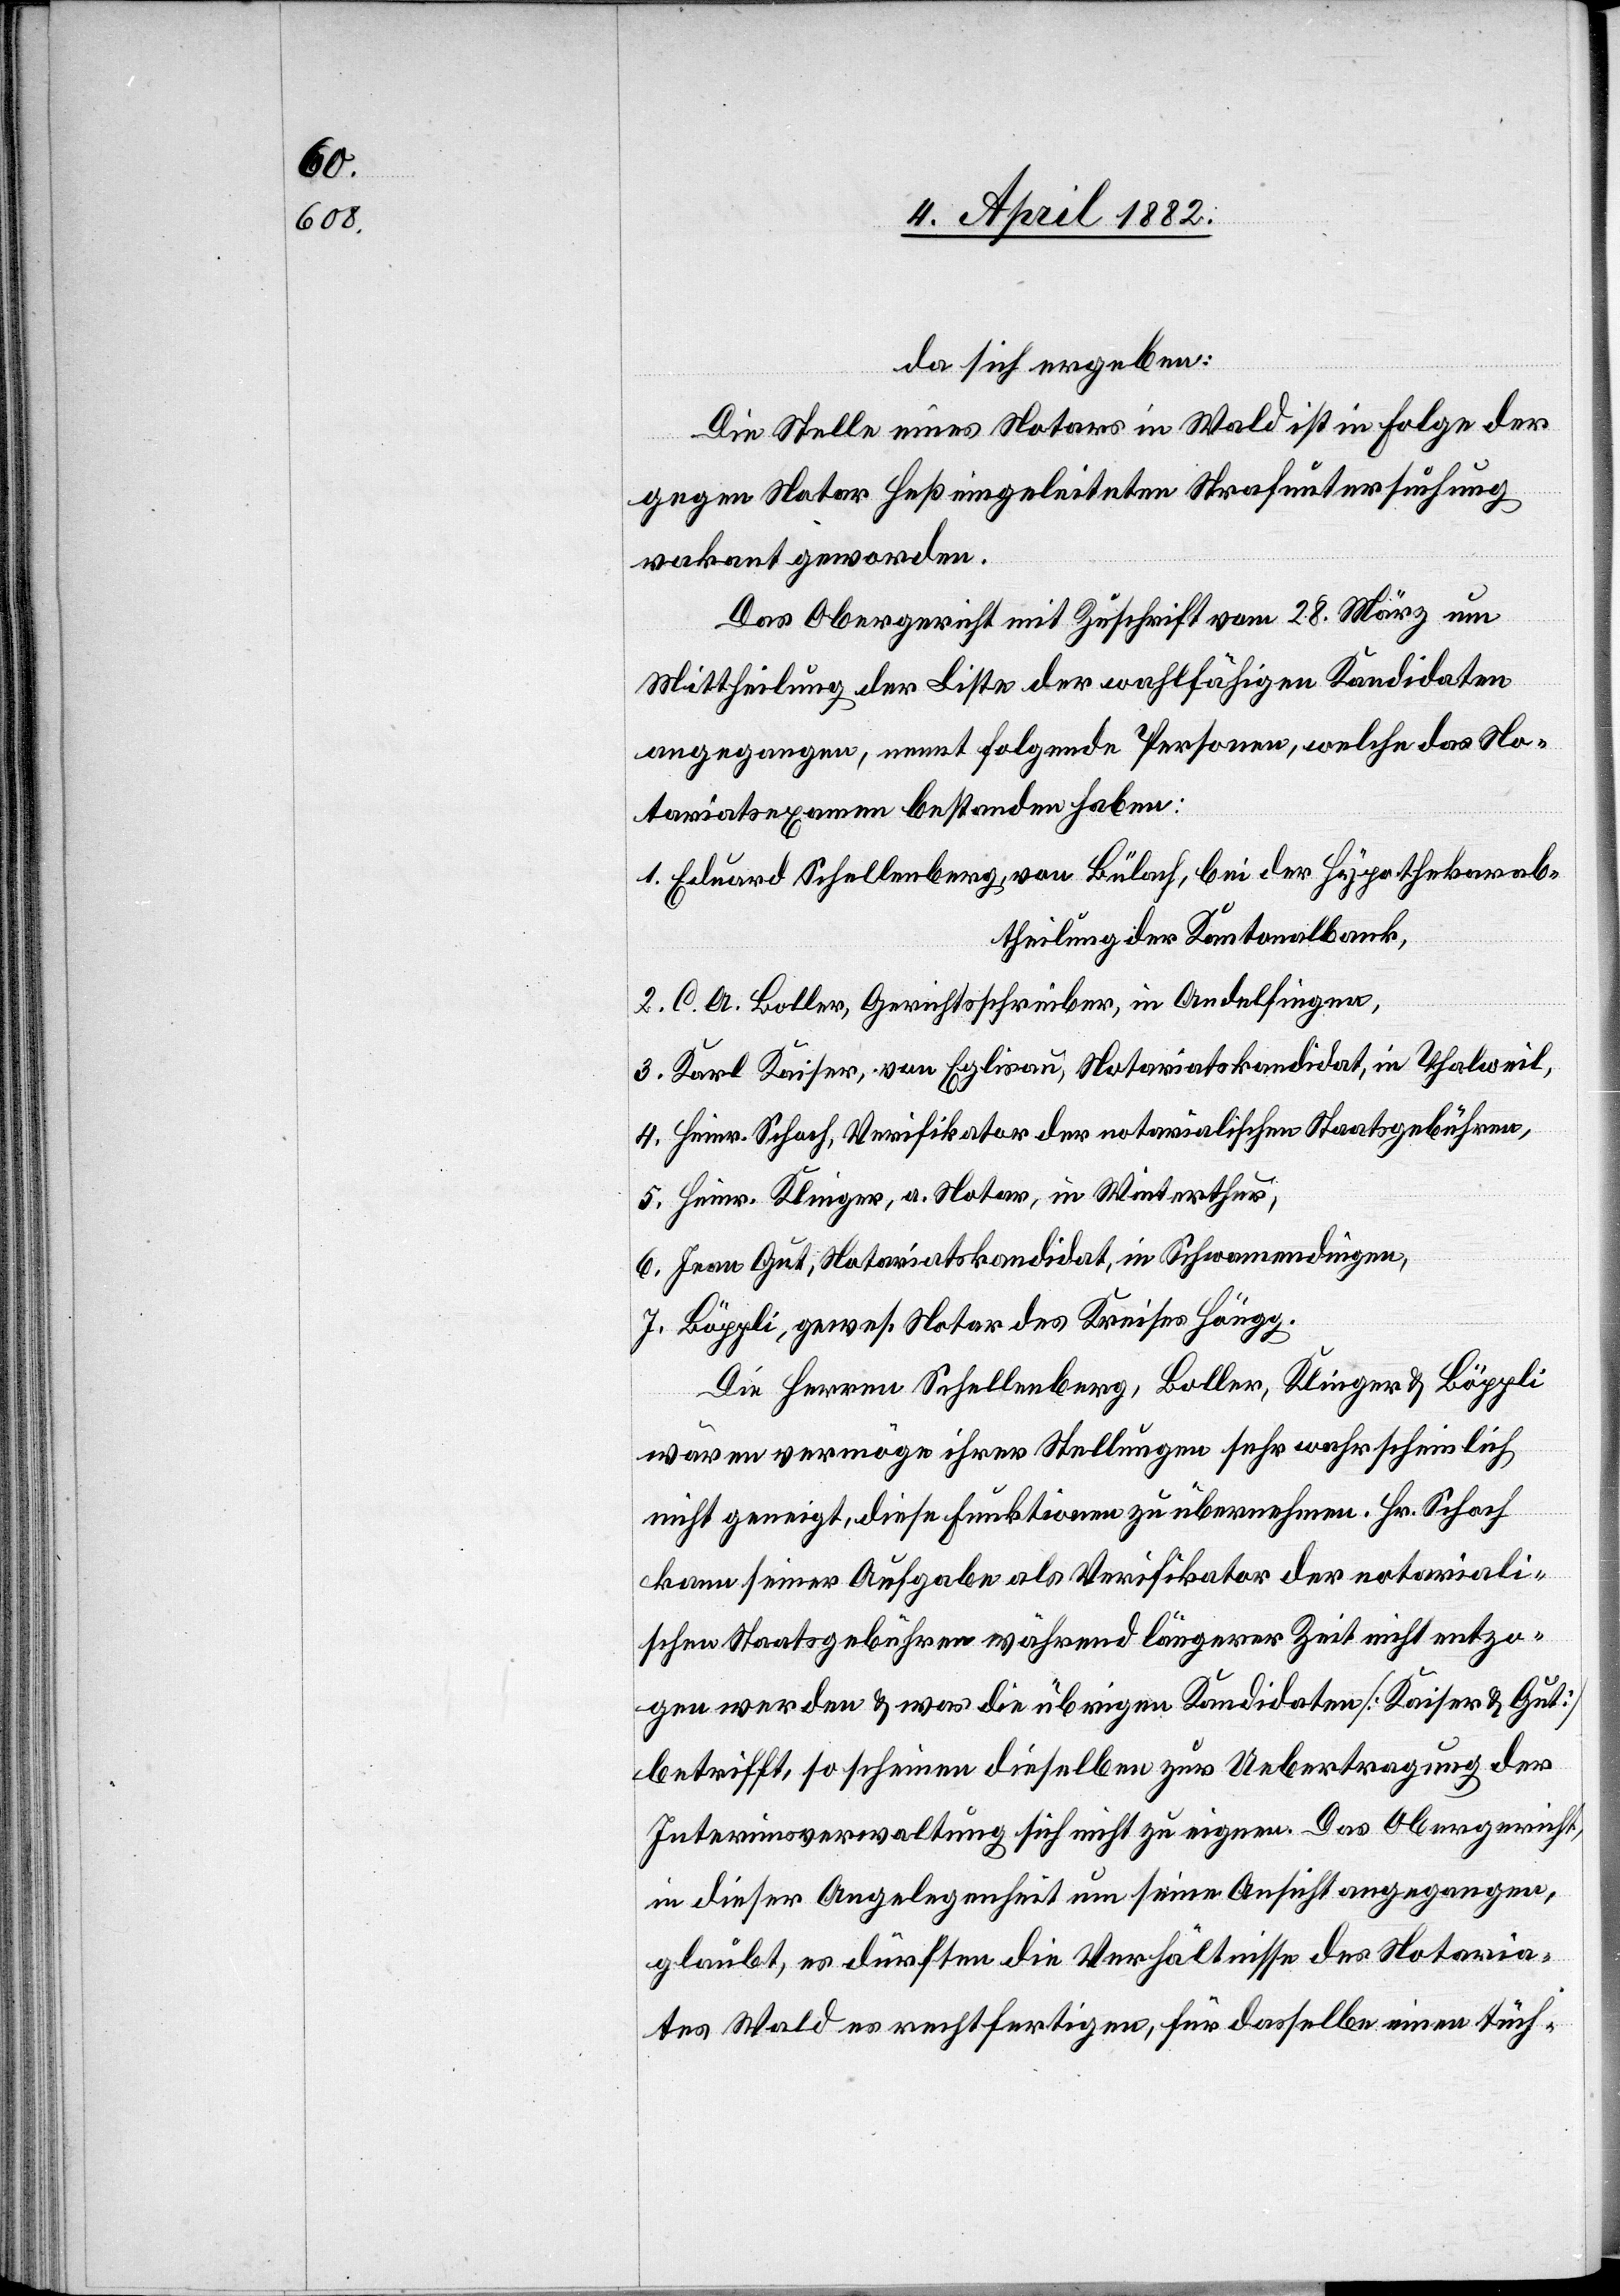
5.

da sich ergeben:
Die Stelle eines Notars in Wald ist in Folge der
2.
gegen Notar Heß eingeleiteten Strafuntersuchung
vakant geworden.
Das Obergericht mit Zuschrift vom 28. März um
Mittheilung der Liste der wahlfähigen Kandidaten
angegangen, nennt folgende Personen, welche das No¬
tariatsexamen bestanden haben:
Eduard Schellenberg, von Bülach, bei der Hypothekarab¬
theilung der Kantonalbank,
C. A. Boller, Gerichtsschreiber, in Andelfingen,
Karl Kaiser, von Eglisau, Notariatskandidat, in Thalweil,
Heinr. Schoch, Verifikator der notarialischen Staatsgebühren,
Heinr. Klinger, a. Notar, in Winterthur,
Jean Gut, Notariatskandidat, in Schwamendingen,
Böppli, gewes. Notar des Kreises Höngg.
Die Herren Schellenberg, Boller, Klinger & Böppli
wären vermöge ihrer Stellungen sehr wahrscheinlich
nicht geneigt, diese Funktionen zu übernehmen. Hr. Schoch
kann seiner Aufgabe als Verifikator der notariali¬
schen Staatsgebühren während längerer Zeit nicht entzo¬
gen werden & was die übrigen Kandidaten [Kaiser & Gut]
betrifft, so scheinen dieselben zur Uebertragung der
Interimsverwaltung sich nicht zu eignen. Das Obergericht,
in dieser Angelegenheit um seine Ansicht angegangen,
glaubt, es dürften die Verhältnisse des Notaria¬
tes Wald es rechtfertigen, für dasselbe einen tüch-